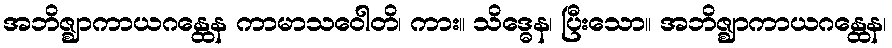
အဘိဇ္ဈာကာယဂန္ထေန ကာမာသဝေါတိ၊ ကား။ သိဒ္ဓေန၊ ပြီးသော။ အဘိဇ္ဈာကာယဂန္ထေန၊